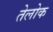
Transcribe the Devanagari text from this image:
तेलोक